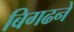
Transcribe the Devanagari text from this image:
बिगढने